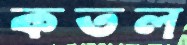
কতল